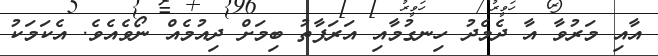
އާއި މަރުވާ އާ ދެމެދު ހިނގުމާއި އަރަފާތު ބިމަށް ދިއުމެއް ނޯވެއެވެ. އެކަމަކު